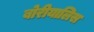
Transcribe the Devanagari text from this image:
बोरीयालिस